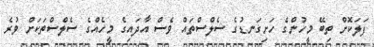
ފަލަކޮށް ތިބޭ މީހުންގެ ހަށިގަނޑުގެ ސެލްސްތައް ވެސް އާދައިގެ މީހެއްގެ ސެލްސްތަކަށް ވުރެ